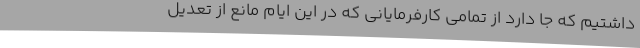
داشتیم که جا دارد از تمامی کارفرمایانی که در این ایام مانع از تعدیل